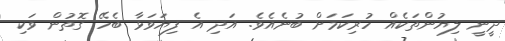
ދީނީ ލިޔުންތަކެއް ހުރިކަމަށް ބުނެއެވެ. އަދި އެ ފިޔަވަޅާ ބެހޭ ގޮތުން ވަކި